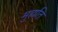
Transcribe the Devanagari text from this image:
मुह्यति